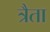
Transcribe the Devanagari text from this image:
त्रैता